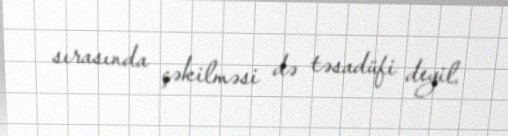
sırasında çəkilməsi də təsadüfi deyil.